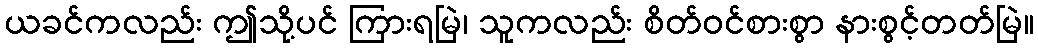
ယခင်ကလည်း ဤသို့ပင် ကြားရမြဲ၊ သူကလည်း စိတ်ဝင်စားစွာ နားစွင့်တတ်မြဲ။